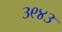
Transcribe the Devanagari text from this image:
३९४३